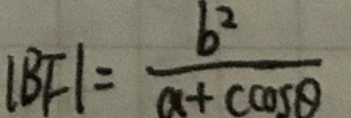
$\vert B F \vert = \frac{b ^ { 2 }}{a + \cos \theta}$